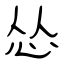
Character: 怂